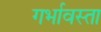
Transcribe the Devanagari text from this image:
गर्भावस्ता